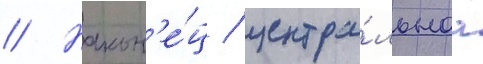
// Након'е́ц / центра́льнаа